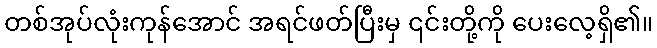
တစ်အုပ်လုံးကုန်အောင် အရင်ဖတ်ပြီးမှ ၎င်းတို့ကို ပေးလေ့ရှိ၏။